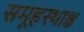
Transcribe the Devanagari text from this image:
समूहस्थाश्च